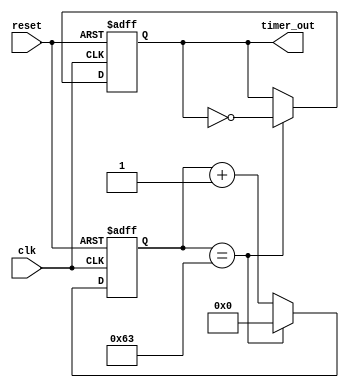
module PeriodicTimer(
    input wire clk, // Clock input
    input wire reset, // Reset input
    output reg timer_out // Periodic timer output signal
);

parameter START_VALUE = 0; // Start value for the counter
parameter END_VALUE = 100; // End value for the counter
parameter CLOCK_FREQ = 1000000; // Clock frequency in Hz

reg [31:0] counter; // Counter to keep track of current count

always @(posedge clk or posedge reset) begin
    if (reset) begin
        counter <= START_VALUE;
        timer_out <= 1'b0;
    end else begin
        if (counter == END_VALUE-1) begin
            counter <= START_VALUE;
            timer_out <= ~timer_out;
        end else begin
            counter <= counter + 1;
        end
    end
end

endmodule